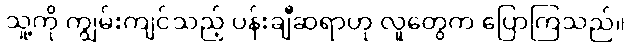
သူ့ကို ကျွမ်းကျင်သည့် ပန်းချီဆရာဟု လူတွေက ပြောကြသည်။